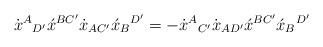
LaTeX: \begin{align*}\dot{x}^A{}_{D'}\acute{x}^{BC'}\dot{x}_{AC'}\acute{x}_B{}^{D'} =-\dot{x}^A{}_{C'}\dot{x}_{AD'}\acute{x}^{BC'}\acute{x}_B{}^{D'}\end{align*}